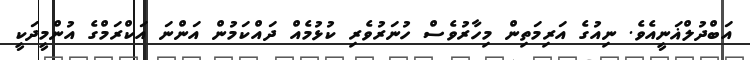
އަބްދުލްޣަނީއެވެ. ނިއުގެ އަރިމަތިން މިހާރުވެސް ހުނަރުވެރި ކުޅުމެއް ދައްކަމުން އަންނަ އަކްރަމްގެ އުންމީދަކީ